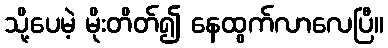
သို့ပေမဲ့ မိုးတိတ်၍ နေထွက်လာလေပြီ။